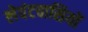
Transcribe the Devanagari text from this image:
लेवंटवासियों